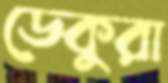
ডেকুরা